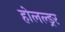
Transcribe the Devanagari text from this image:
होलल्ड्रर